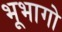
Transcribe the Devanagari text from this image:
भूभागो